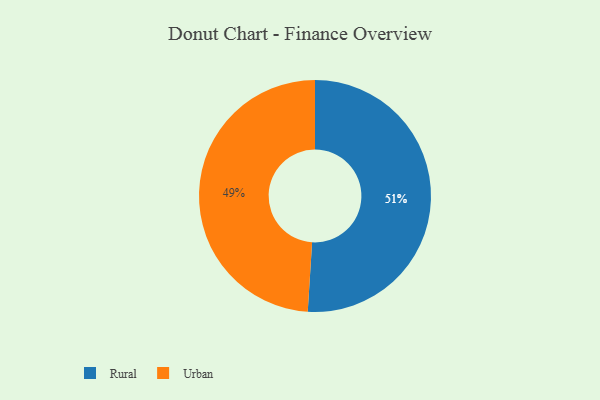
{"axis": {"x": "Category", "y": "Percentage"}, "legend": ["Rural", "Urban"], "data": [{"x": "Urban", "y": 49, "type": "Urban"}, {"x": "Rural", "y": 51, "type": "Rural"}]}